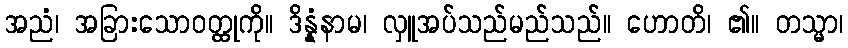
အညံ၊ အခြားသောဝတ္ထုကို။ ဒိန္နံနာမ၊ လှူအပ်သည်မည်သည်။ ဟောတိ၊ ၏။ တသ္မာ၊